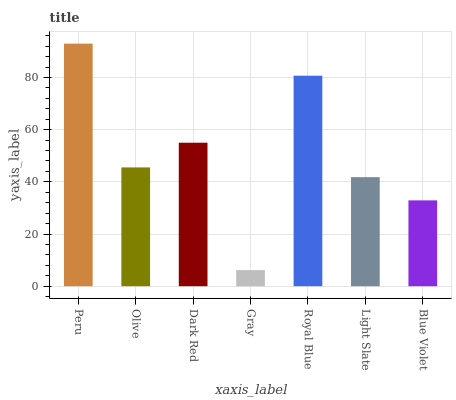
| xaxis_label | bars |
 | --- | --- |
 | Peru | 93 |
 | Olive | 45.5 |
 | Dark Red | 55 |
 | Gray | 6.18 |
 | Royal Blue | 80.7 |
 | Light Slate | 41.8 |
 | Blue Violet | 32.9 |